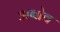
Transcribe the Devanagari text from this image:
अबोव